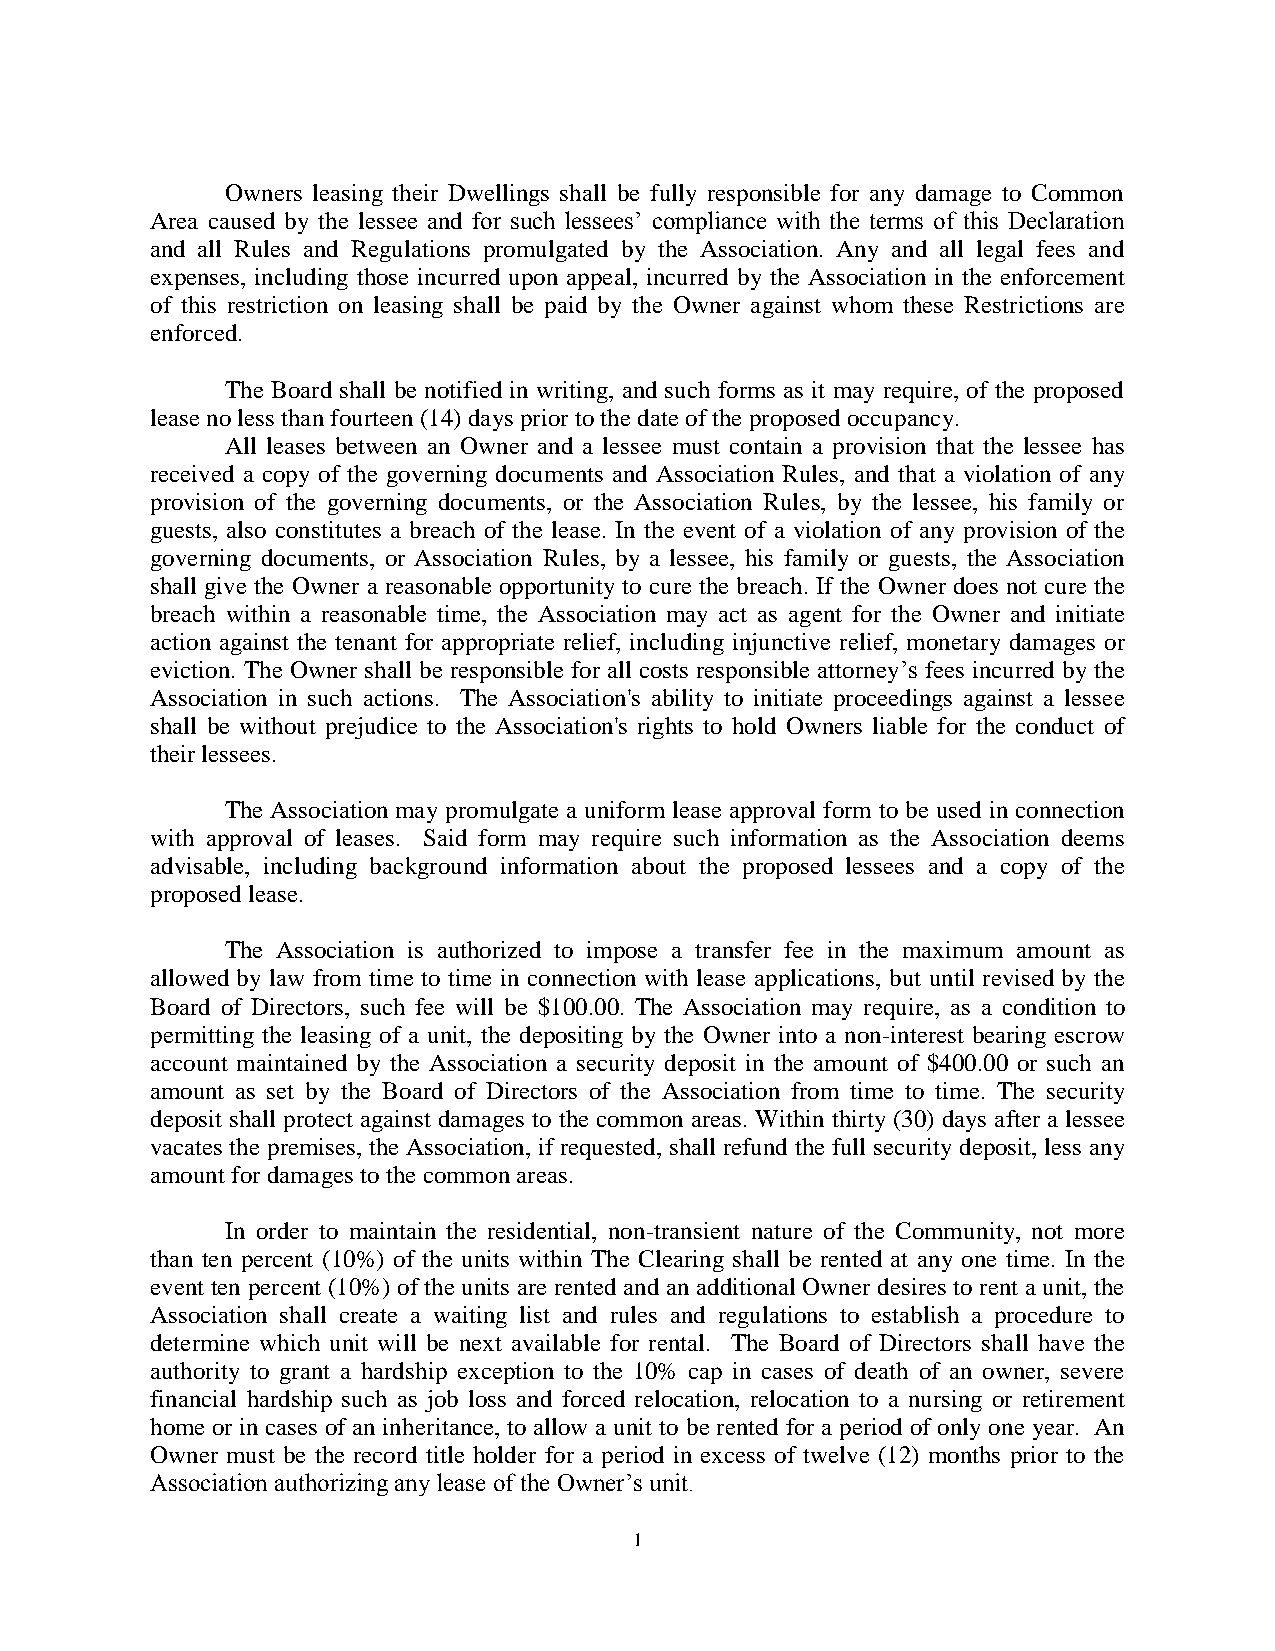
Owners leasing their Dwellings shall be fully responsible for any damage to Common
 Area caused by the lessee and for such lessees’ compliance with the terms of this Declaration
 and all Rules and Regulations promulgated by the Association. Any and all legal fees and
 expenses, including those incurred upon appeal, incurred by the Association in the enforcement
 of this restriction on leasing shall be paid by the Owner against whom these Restrictions are
 enforced.
 The Board shall be notified in writing, and such forms as it may require, of the proposed
 lease no less than fourteen (14) days prior to the date of the proposed occupancy.
 All leases between an Owner and a lessee must contain a provision that the lessee has
 received a copy of the governing documents and Association Rules, and that a violation of any
 provision of the governing documents, or the Association Rules, by the lessee, his family or
 guests, also constitutes a breach of the lease. In the event of a violation of any provision of the
 governing documents, or Association Rules, by a lessee, his family or guests, the Association
 shall give the Owner a reasonable opportunity to cure the breach. If the Owner does not cure the
 breach within a reasonable time, the Association may act as agent for the Owner and initiate
 action against the tenant for appropriate relief, including injunctive relief, monetary damages or
 eviction. The Owner shall be responsible for all costs responsible attorney’s fees incurred by the
 Association in such actions. The Association's ability to initiate proceedings against a lessee
 shall be without prejudice to the Association's rights to hold Owners liable for the conduct of
 their lessees.
 The Association may promulgate a uniform lease approval form to be used in connection
 with approval of leases. Said form may require such information as the Association deems
 advisable, including background information about the proposed lessees and a copy of the
 proposed lease.
 The Association is authorized to impose a transfer fee in the maximum amount as
 allowed by law from time to time in connection with lease applications, but until revised by the
 Board of Directors, such fee will be $100.00. The Association may require, as a condition to
 permitting the leasing of a unit, the depositing by the Owner into a non-interest bearing escrow
 account maintained by the Association a security deposit in the amount of $400.00 or such an
 amount as set by the Board of Directors of the Association from time to time. The security
 deposit shall protect against damages to the common areas. Within thirty (30) days after a lessee
 vacates the premises, the Association, if requested, shall refund the full security deposit, less any
 amount for damages to the common areas.
 In order to maintain the residential, non-transient nature of the Community, not more
 than ten percent (10%) of the units within The Clearing shall be rented at any one time. In the
 event ten percent (10%) of the units are rented and an additional Owner desires to rent a unit, the
 Association shall create a waiting list and rules and regulations to establish a procedure to
 determine which unit will be next available for rental. The Board of Directors shall have the
 authority to grant a hardship exception to the 10% cap in cases of death of an owner, severe
 financial hardship such as job loss and forced relocation, relocation to a nursing or retirement
 home or in cases of an inheritance, to allow a unit to be rented for a period of only one year. An
 Owner must be the record title holder for a period in excess of twelve (12) months prior to the
 Association authorizing any lease of the Owner’s unit.
 1